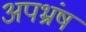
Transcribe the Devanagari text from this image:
अपभ्रंष